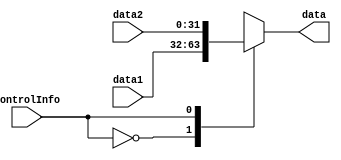
`timescale 1ns / 1ps
//////////////////////////////////////////////////////////////////////////////////
// Company: 
// Engineer: 
// 
// Design Name: 
// Module Name: Multiplexer2
// Project Name: 
// Target Devices: 
// Tool Versions: 
// Description: 
// 
// Dependencies: 
// 
// Revision:
// Revision 0.01 - File Created
// Additional Comments:
// 
//////////////////////////////////////////////////////////////////////////////////


module Multiplexer2(
    input controlInfo,
    input [31:0]data1,
    input [31:0]data2,
    output reg[31:0]data
    );

    always@(controlInfo or data1 or data2) begin
        case(controlInfo)
            1'b0: begin
                data<=data1;
                $display("WB-data1: %h", data1);
            end
            1'b1: begin 
                data<=data2;
                $display("WB-data2: %h", data2);
            end
        endcase
    end
endmodule